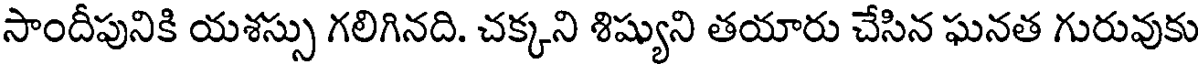
సాందీపునికి యశస్సు గలిగినది. చక్కని శిష్యుని తయారు చేసిన ఘనత గురువుకు